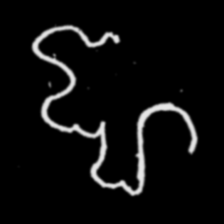
Pyu character \u2014 Myanmar letter: ဈ (romanized: jha)